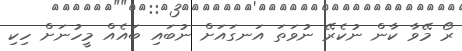
ރޯ މޭވާ ކާން ނުކެރޭ ނުވަތަ އަނގައަށް ނުބައި ބައެއް މީހުނަށް ހިކި